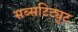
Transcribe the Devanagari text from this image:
सब्सटिट्युट